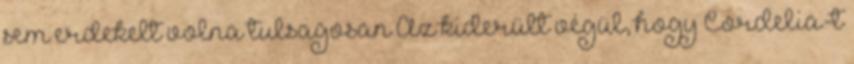
sem erdekelt volna tulsagosan Az kiderült végül, hogy Cordelia-t